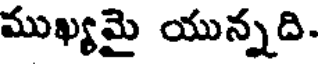
ముఖ్యమై యున్నది.